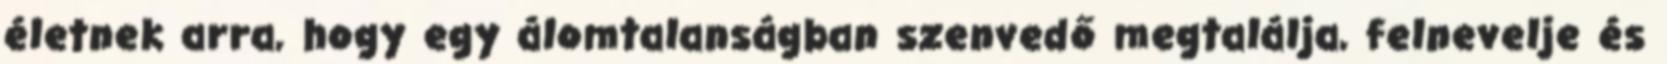
életnek arra, hogy egy álomtalanságban szenvedő megtalálja, felnevelje és